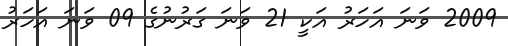
2009 ވަނަ އަހަރު އަކީ 21 ވަނަ ގަރުނުގެ 09 ވަނަ އަހަރު